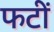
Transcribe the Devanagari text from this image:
फटीं